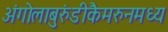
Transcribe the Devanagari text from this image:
अंगोलाबुरुंडीकैमरुनमध्य